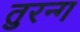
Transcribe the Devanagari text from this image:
तुरन्ग